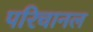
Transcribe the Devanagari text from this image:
परिचानल